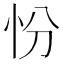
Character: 㤋